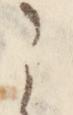
之